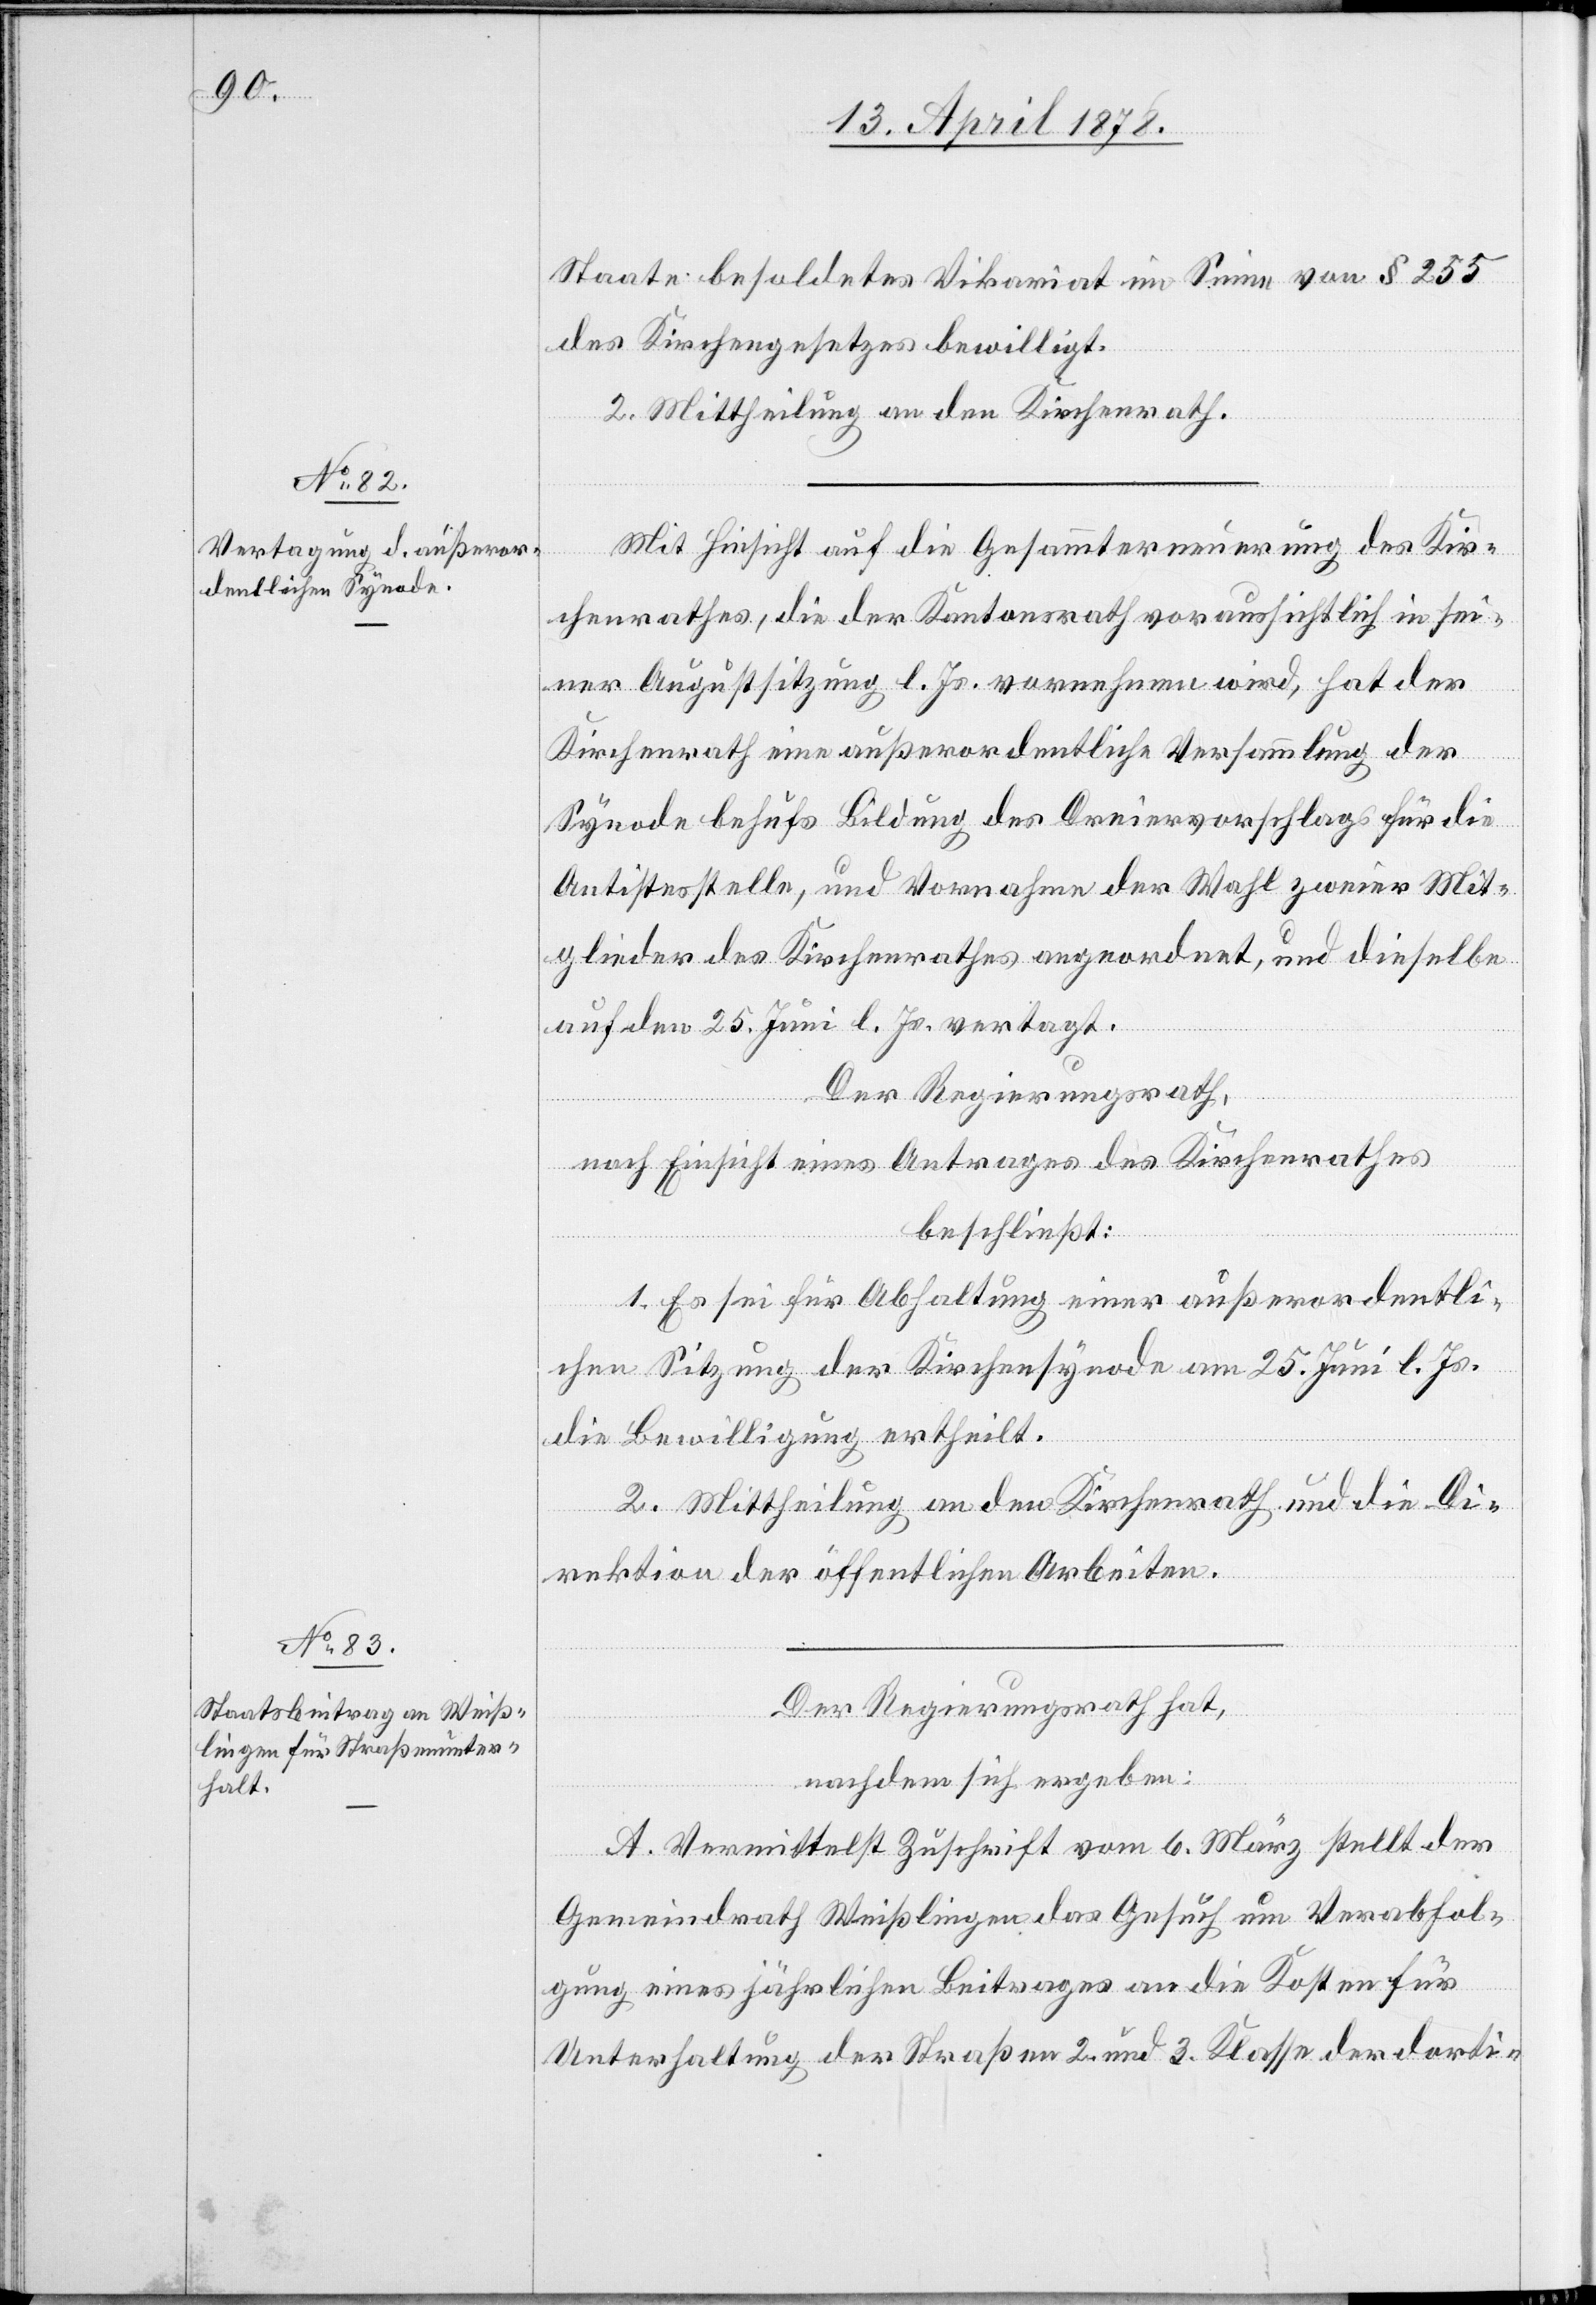
Staate besoldetes Vikariat im Sinne von § 255
des Kirchengesetzes bewilligt.
2. Mittheilung an den Kirchenrath.
Mit Hinsicht auf die Gesammterneuerung des Kir¬
chenrathes, die der Kantonsrath voraussichtlich in sei¬
ner Augustsitzung l. Js. vornehmen wird, hat der
Kirchenrath eine außerordentliche Versammlung der
Synode behufs Bildung des Dreiervorschlags für die
Antistesstelle, und Vornahme der Wahl zweier Mit¬
glieder des Kirchenrathes angeordnet, und dieselbe
auf den 25. Juni l. Js. vertagt.
Der Regierungsrath,
nach Einsicht eines Antrages des Kirchenrathes
beschließt:
1. Es sei für Abhaltung einer außerordentli¬
chen Sitzung der Kirchensynode am 25. Juni l. Js.
die Bewilligung ertheilt.
2. Mittheilung an den Kirchenrath und die Di¬
rektion der öffentlichen Arbeiten.
Der Regierungsrath hat,
nachdem sich ergeben:
A. Vermittelst Zuschrift vom 6. März stellt der
Gemeindrath Weißlingen das Gesuch um Verabfol¬
gung eines jährlichen Beitrages an die Kosten für
Unterhaltung der Straßen 2. und 3. Klasse der dorti-